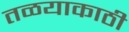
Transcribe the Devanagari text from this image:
तळयाकाठी